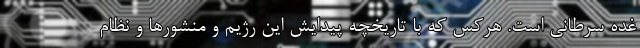
غده سرطانی است. هرکس که با تاریخچه پیدایش این رژیم و منشورها و نظام